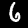
Label: 6